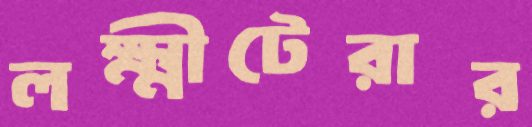
লক্ষ্মীটেরার